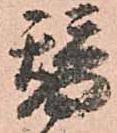
替